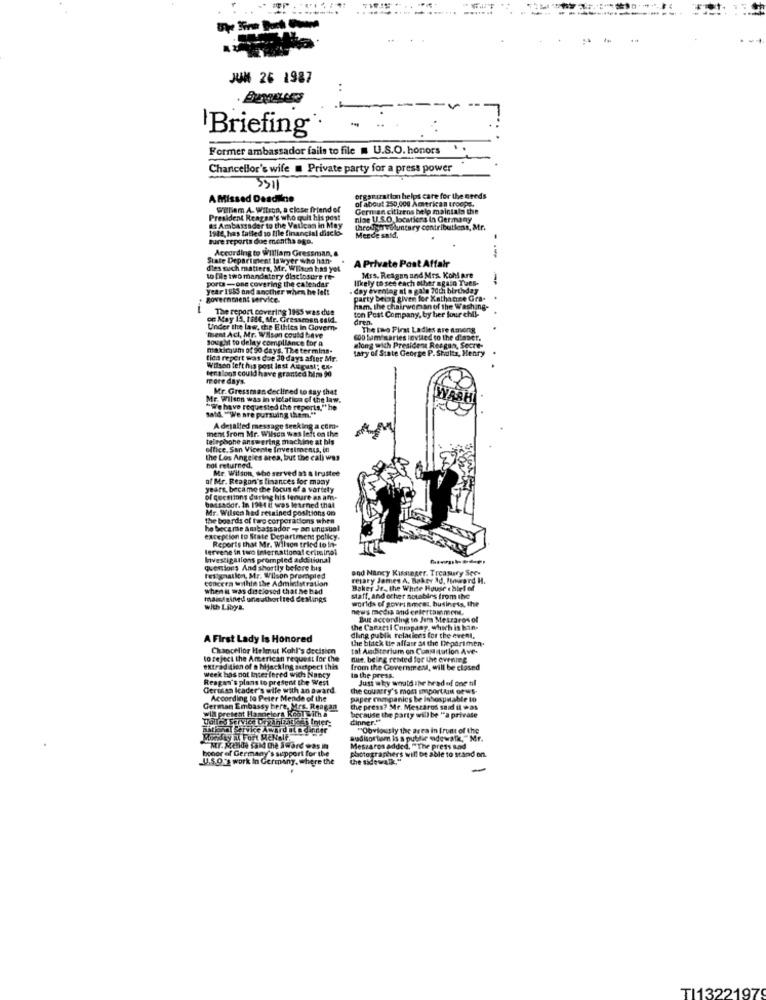
JUM 26 1987
..
Briefing
Former ambassador fails to file = U.S.O. honors
Chancellor's wife . Private party for a press power
5311
AMissed Deadline
of about 250,000 American troops.
organization helps care for the needs
William A. Wilson, a close friend of
German citizens help maintain the
President Reagan's who quit his post
nise U.S.O. locations in Germany
a Ambassador to the Vatican in May
1944, has failed so Iile financial discko)-
throughvoluntary contributless, Mr.
Bure reports due months ago.
Merde said,
According to William Gressman,
State Department Is wyer who han-
A Private Post Affair
dies wuch matters, Mr. WERtun has yet
to file two mandatory dlaclosure Te-
porta -one covering the calendar
Ilkely to see each other again Ties-
Mrs. Reagan and Mrs. Kohl are
year 1853 and another when he felt
. day evendag at o galo 70di birthday
government service.
party being given for Katharine Gra-
The report covering 1965 was due
ton Post Company, by her four chil-
ham, the chairwoman of the Washing-
on May 13, Hide, Mr. Gressmen sald.
dren.
Under the law, the Ethiies in Govern-
The the First Ladies are among
"ment Acl, Mr. Wilson could have
sought to delay compliance for a
coo tam saries leviled to the diaset.
maximum of 90 days. The termins-
tary of State George P. Shultz, Henry
along with President Reagan, Secre-
tied report was due 30 days after Mr.
Wilson left his post inst August; ex-
tensions could have granted him 90
more days.
Mr. Gressman declined to say that
Mr. Wilson was in violation of the law.
"We have requested the reports," he
tatd. ""We are pursuing them."
ment from Mr. Wilson was left on the
Adesalled message seeking a com.
telephone answering machine at bis
office. San Vicente Investments, in
the Los Angeles area, but the call was
not returned.
Mr. Wilson, who served at & trustee
of Mr. Reagony's finances for many
years, became the focus of a vartety
of questons during his tenure an ams-
bassador. in 1944 it was learned that
Mr. Wilson hed retained positions on
the boards of twe corporations when
he became Ambassador - an unusual
exception to State Department policy.
Reports that Mr. Wilson tried to in-
lervene in two International criminal
Investigations prompled additional
questions And shortly before bis
and Nancy Kissunger, Treasury See.
concern within the Administration
Istignailon, Mr. Wilson prompted
retary James A. Baker Ad, Howard H.
when it was disclosed that he bad
Baker Je, the White House chief of
maistained une athorited Ceslings
worlds of government, business, the
staff. and other sotabirs from the
with Libya.
news media and entertainment.
Bait according to Jim Meszaros of
the Canactl Corapany, which is han-
A First Lady Is Honored
dling pubik relacices for the event,
the black tie affas at the Deparimen.
Chancellor Helmut Kohl's decision
tat Auditorium on Constitution Ave-
to reject the American request for the
nute, being rented for the evening
extradition of a Mjacking sadspect this
week has not Incer fered with Nancy
from the Government, will be closed
Reagan's plans to present the West
In the press.
Just why would ihr hrad of one nl
Gerusan leader's wife with an award.
the country's most important news.
According to Peter Mende of the
paper onmpanics be Inhospitable to
German Embassy bere, Mrs. Reagan
will pretest Hannelors KogT with a
the press? Mr. Meszaros said it was
because the party will be "a private
dinner .**
aational Service Award at n dinner
"Obviously the area in front of the
Moeday al Fort MENelt
sudisortam is a pubilir sidewalk," Mr.
honor of Germany's support for the
Mr. Mende Cold the Sword was in
photographers will be able to stand on.
Meszaros added. "The press sad
_U.S.O'S work In Germany, where the
TI13221979